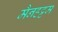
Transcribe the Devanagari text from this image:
मैनहट्टम